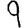
Digit: 9